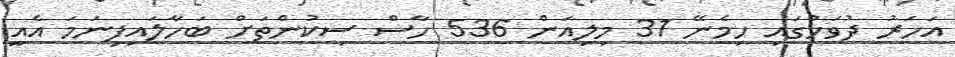
އަހަރު ދުވަހުގައި ހިމެނޭ 31 މިލިއަން 536 ހާސް ސިކުންތަށް ބަހާލައިފިނަމަ އެއީ